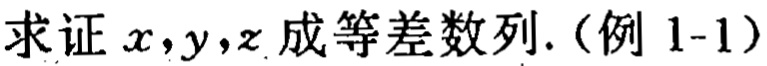
求证 \(x,y,z\) 成等差数列.（例 1-1）